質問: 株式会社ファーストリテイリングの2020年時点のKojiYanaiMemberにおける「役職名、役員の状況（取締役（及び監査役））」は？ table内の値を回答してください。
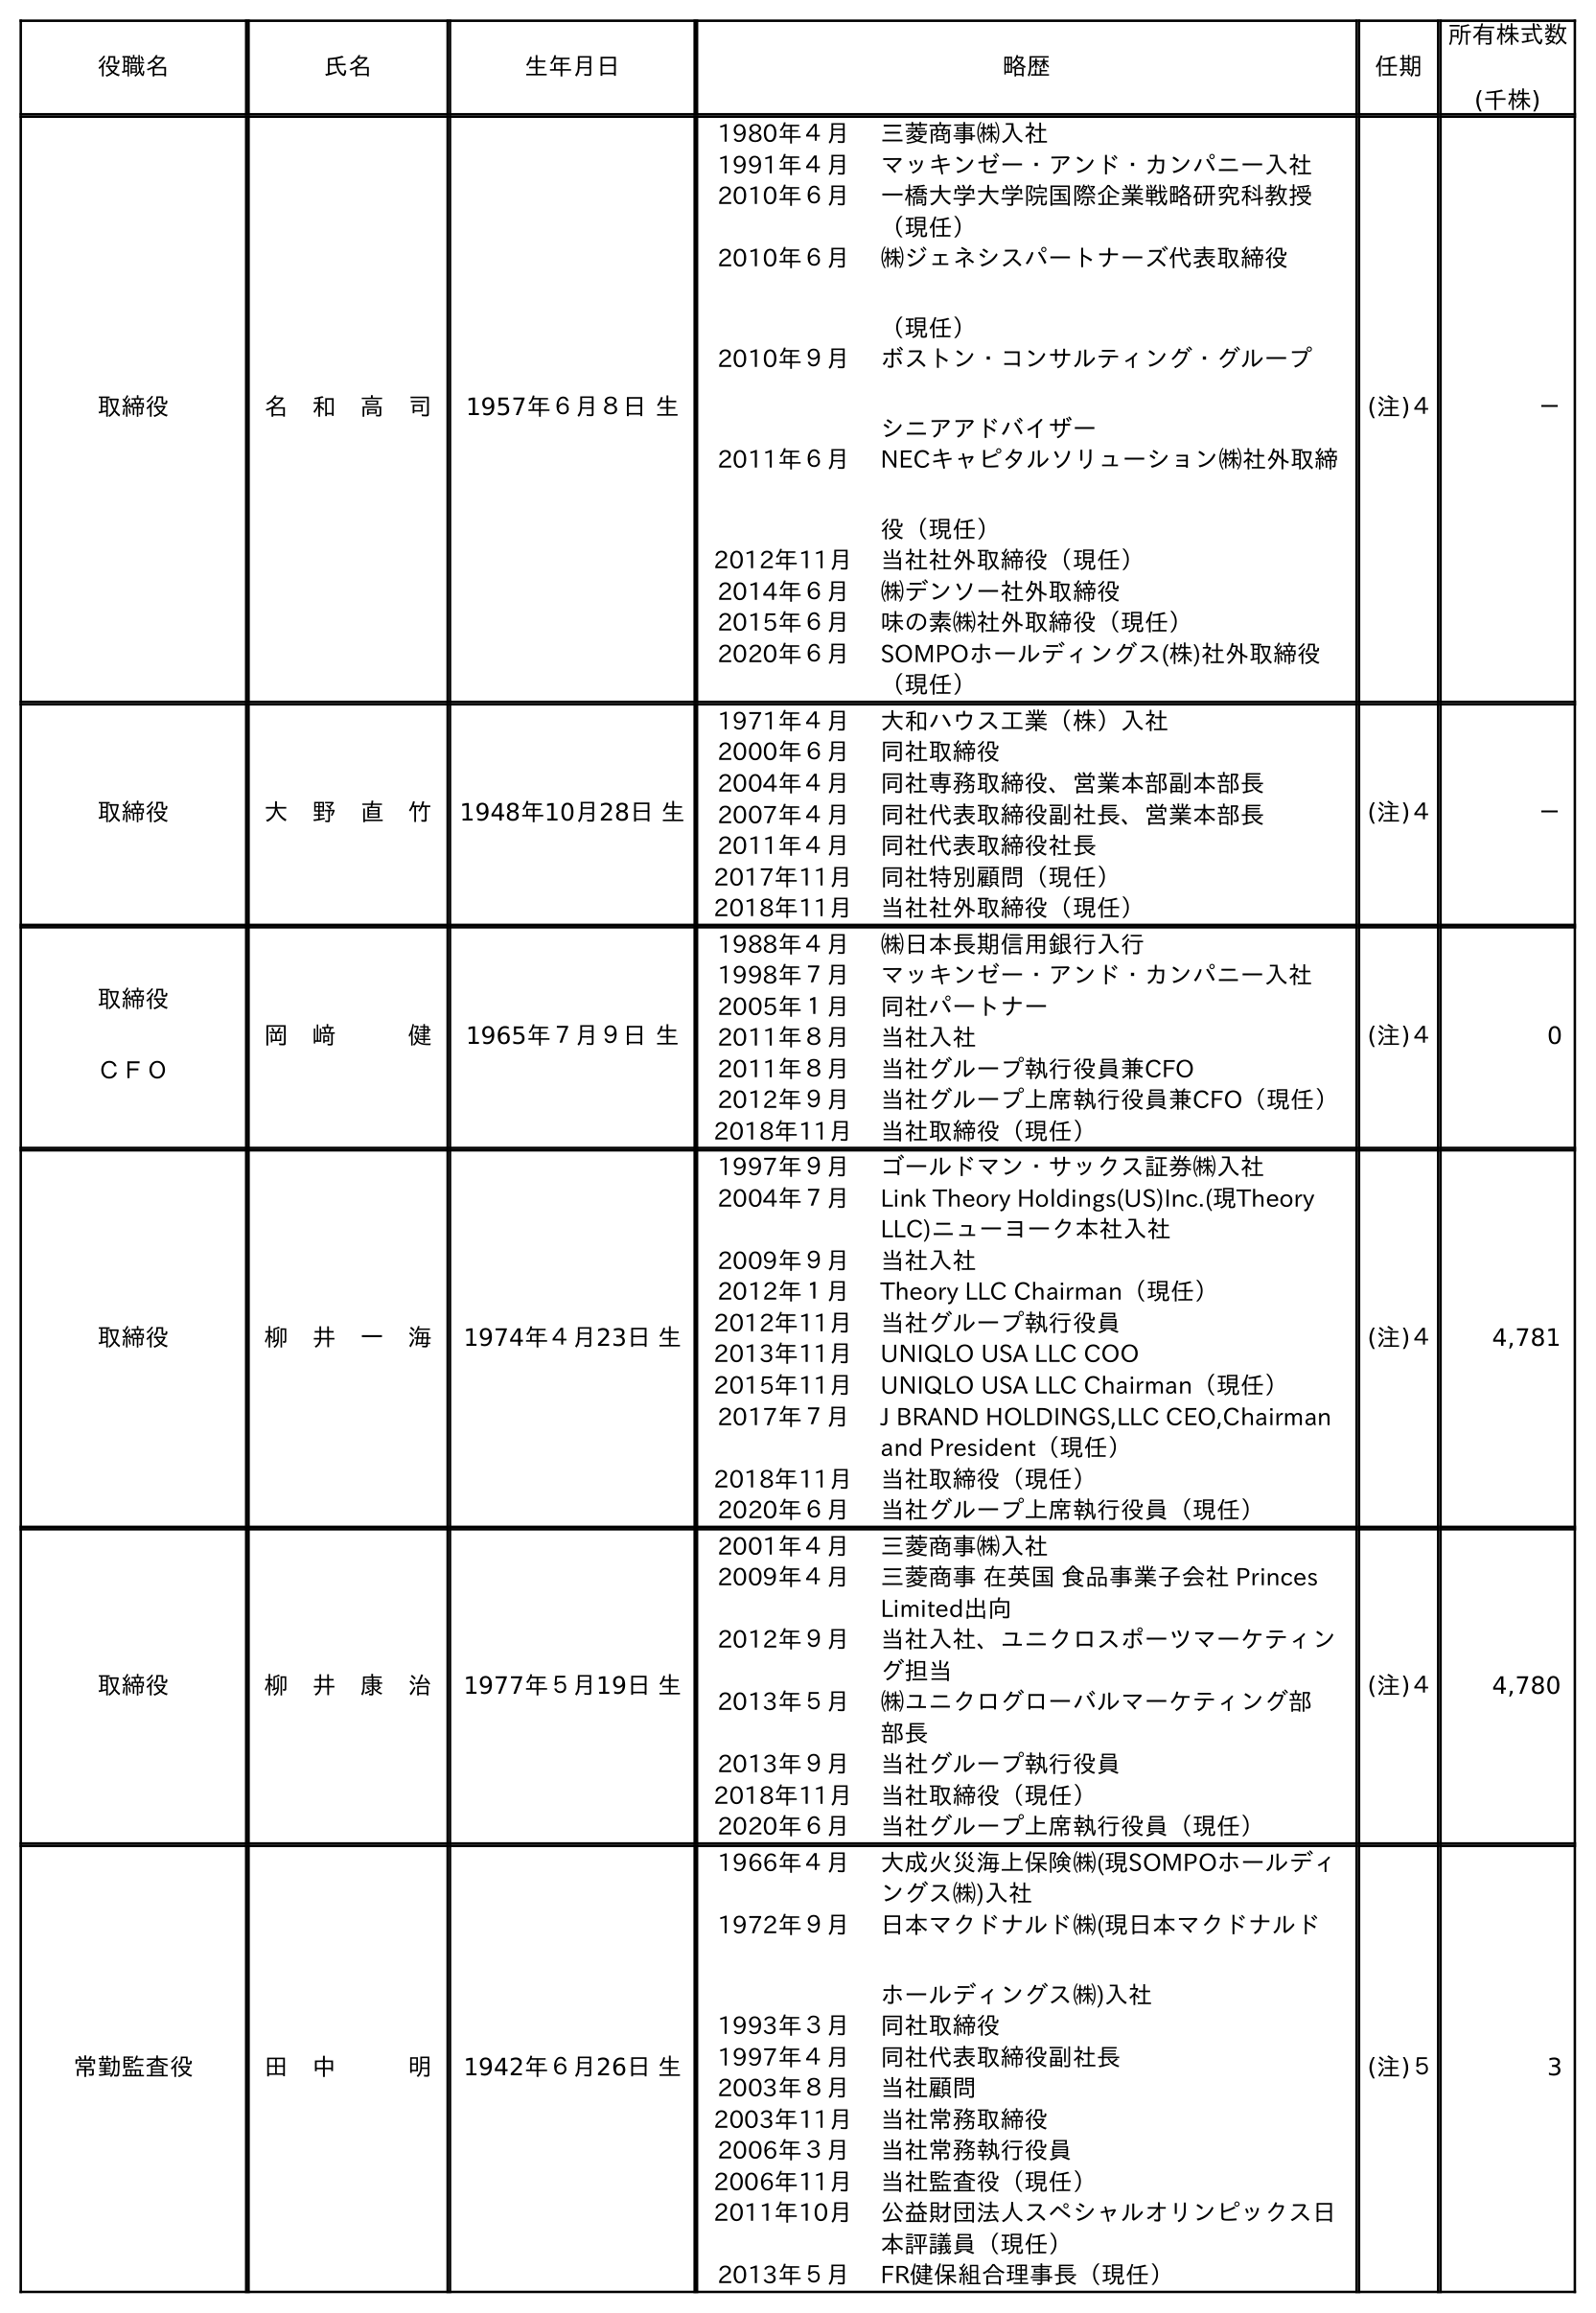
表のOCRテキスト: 役職名 氏名 生年月日 略歴 任期 所有株式数 (千株) 取締役 名 和 高 司 1957年６月８日 生 1980年４月 三菱商事㈱入社 1991年４月 マッキンゼー・アンド・カンパニー入社 2010年６月 一橋大学大学院国際企業戦略研究科教授 （現任） 2010年６月 ㈱ジェネシスパートナーズ代表取締役 （現任） 2010年９月 ボストン・コンサルティング・グループ シニアアドバイザー 2011年６月 NECキャピタルソリューション㈱社外取締 役（現任） 2012年11月 当社社外取締役（現任） 2014年６月 ㈱デンソー社外取締役 2015年６月 味の素㈱社外取締役（現任） 2020年６月 SOMPOホールディングス(株)社外取締役 （現任） (注)４ － 取締役 大 野 直 竹 1948年10月28日 生 1971年４月 大和ハウス工業（株）入社 2000年６月 同社取締役 2004年４月 同社専務取締役、営業本部副本部長 2007年４月 同社代表取締役副社長、営業本部長 2011年４月 同社代表取締役社長 2017年11月 同社特別顧問（現任） 2018年11月 当社社外取締役（現任） (注)４ － 取締役 ＣＦＯ 岡 﨑   健 1965年７月９日 生 1988年４月 ㈱日本長期信用銀行入行 1998年７月 マッキンゼー・アンド・カンパニー入社 2005年１月 同社パートナー 2011年８月 当社入社 2011年８月 当社グループ執行役員兼CFO 2012年９月 当社グループ上席執行役員兼CFO（現任） 2018年11月 当社取締役（現任） (注)４ 0 取締役 柳 井 一 海 1974年４月23日 生 1997年９月 ゴールドマン・サックス証券㈱入社 2004年７月 Link Theory Holdings(US)Inc.(現Theory LLC)ニューヨーク本社入社 2009年９月 当社入社 2012年１月 Theory LLC Chairman（現任） 2012年11月 当社グループ執行役員 2013年11月 UNIQLO USA LLC COO 2015年11月 UNIQLO USA LLC Chairman（現任） 2017年７月 J BRAND HOLDINGS,LLC CEO,Chairman and President（現任） 2018年11月 当社取締役（現任） 2020年６月 当社グループ上席執行役員（現任） (注)４ 4,781 取締役 柳 井 康 治 1977年５月19日 生 2001年４月 三菱商事㈱入社 2009年４月 三菱商事 在英国 食品事業子会社 Princes Limited出向 2012年９月 当社入社、ユニクロスポーツマーケティン グ担当 2013年５月 ㈱ユニクログローバルマーケティング部 部長 2013年９月 当社グループ執行役員 2018年11月 当社取締役（現任） 2020年６月 当社グループ上席執行役員（現任） (注)４ 4,780 常勤監査役 田 中   明 1942年６月26日 生 1966年４月 大成火災海上保険㈱(現SOMPOホールディ ングス㈱)入社 1972年９月 日本マクドナルド㈱(現日本マクドナルド ホールディングス㈱)入社 1993年３月 同社取締役 1997年４月 同社代表取締役副社長 2003年８月 当社顧問 2003年11月 当社常務取締役 2006年３月 当社常務執行役員 2006年11月 当社監査役（現任） 2011年10月 公益財団法人スペシャルオリンピックス日 本評議員（現任） 2013年５月 FR健保組合理事長（現任） (注)５ 3
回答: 取締役